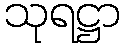
သုရဋ္ဌာ